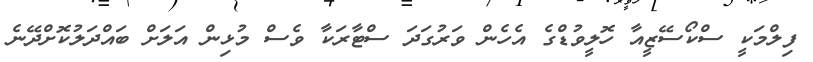
ފިލްމަކީ ސްކޯސޭޒީއާ ހޮލީވުޑްގެ އެހެން ވަރުގަދަ ސްޓާރަކާ ވެސް މުޅިން އަލަށް ބައްދަލުކޮށްދޭނެ